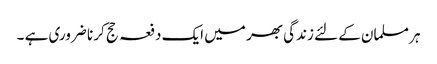
ہر مسلمان کے لئے زندگی بھر میں ایک دفعہ حج کر نا ضروری ہے ۔